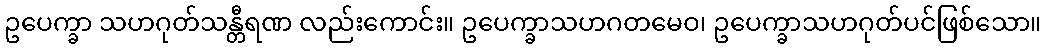
ဥပေက္ခာ သဟဂုတ်သန္တီရဏ လည်းကောင်း။ ဥပေက္ခာသဟဂတမေဝ၊ ဥပေက္ခာသဟဂုတ်ပင်ဖြစ်သော။